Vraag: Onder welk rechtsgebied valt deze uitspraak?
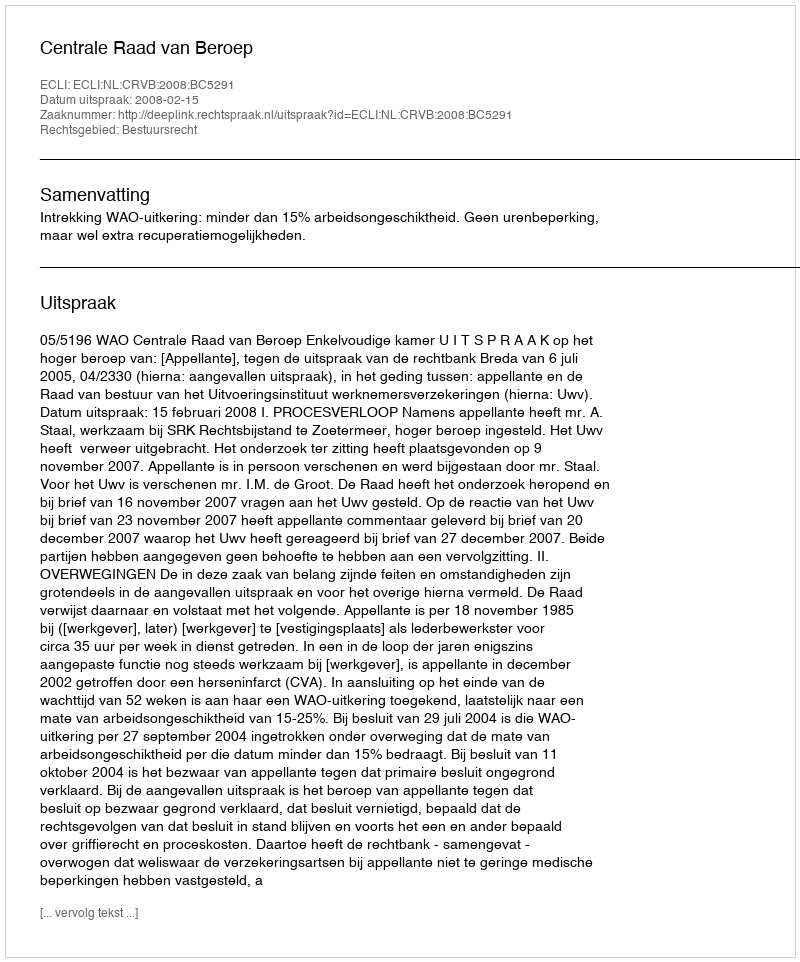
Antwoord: Bestuursrecht